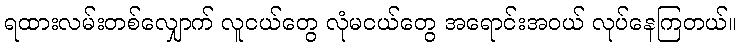
ရထားလမ်းတစ်လျှောက် လူငယ်တွေ လုံမငယ်တွေ အရောင်းအဝယ် လုပ်နေကြတယ်။